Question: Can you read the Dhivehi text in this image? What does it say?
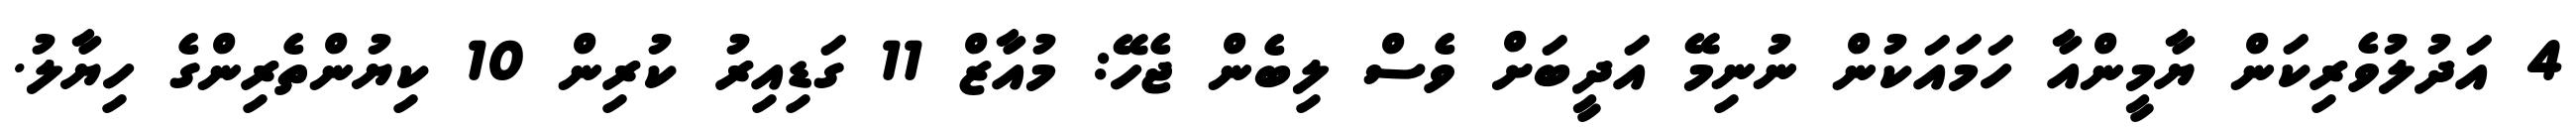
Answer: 4 އަދުލުވެރިކަން ޔާމީންއާ ހަމައަކުން ނުނިމޭ އަދީބަށް ވެސް ލިބެން ޖެހޭ: މުއާޒް 11 ގަޑިއިރު ކުރިން 10 ކިޔުންތެރިންގެ ހިޔާލު.